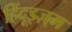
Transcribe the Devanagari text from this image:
हिंदूइज़्म